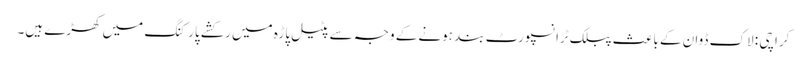
کراچی : لاک ڈوان کے باعث پبلک ٹرانسپورٹ بند ہونے کے وجہ سے پٹیل پاڑہ میں رکشے پارکنگ میں کھڑے ہیں۔